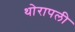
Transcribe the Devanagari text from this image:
थोरापली